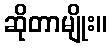
ဆိုတာမျိုး။